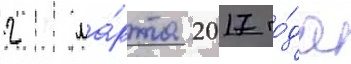
2 ма́рта 2017 го́да